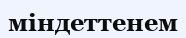
міндеттенем